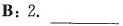
B:2.___